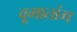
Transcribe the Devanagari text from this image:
वूमातांग